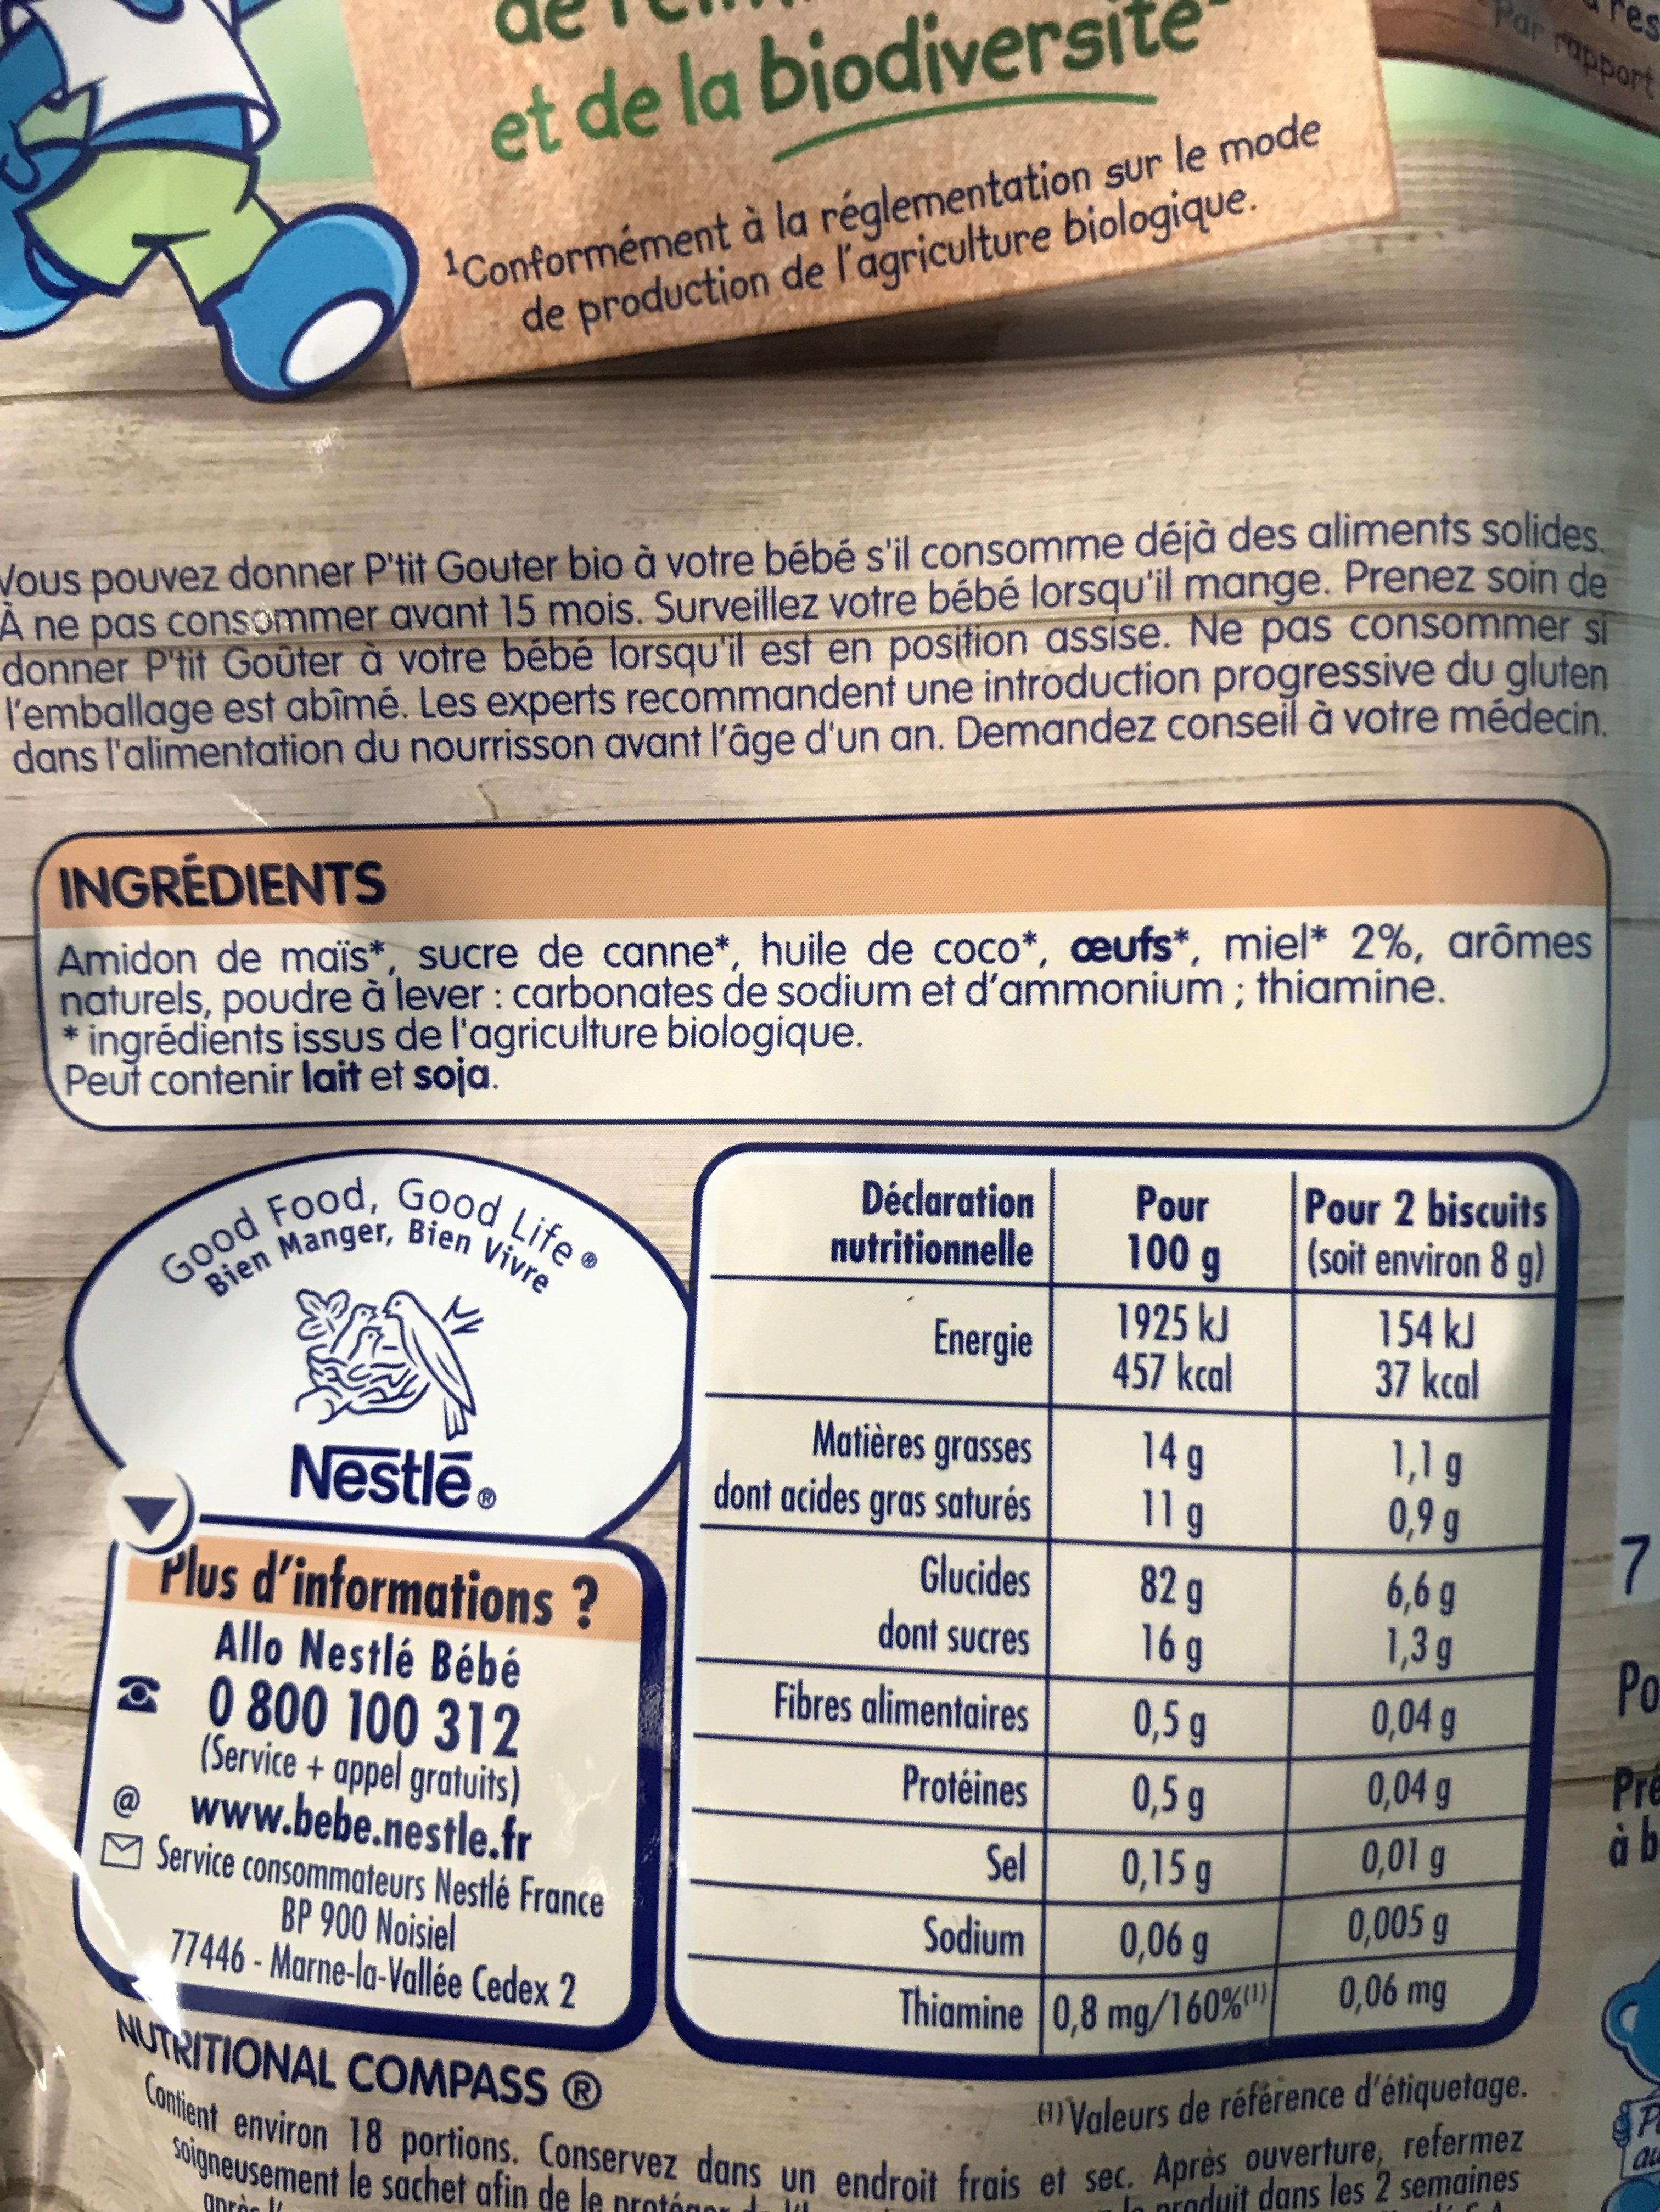
et de la biodiversit
¹Conformément à la réglementation sur le mode de production de l'agriculture biologique.
Vous pouvez donner P'tit Gouter bio à votre bébé s'il consomme déjà des aliments solides A ne pas consommer avant 15 mois. Surveillez votre bébé lorsqu'il mange. Prenez soin de donner P'tit Goûter à votre bébé lorsqu'il est en position assise. Ne pas consommer si l'emballage est abîmé. Les experts recommandent une introduction progressive du gluten dans l'alimentation du nourrisson avant l'âge d'un an. Demandez conseil à votre médecin.
INGREDIENTS
Amidon de maïs*, sucre de canne*, huile de coco*, ceufs*, miel* 2%, arômes naturels, poudre à lever: carbonates de sodium et d'ammonium; thiamine. *ingrédients issus de l'agriculture biologique. Peut contenir lait et soja.
Bien Vivre
Good Food, Good Life
Manger,
1/2
Nestlé®
Plus d'informations?
Allo Nestlé Bébé
0800 100 312 (Service+appel gratuits) @ www.bebe.nestle.fr Service consommateurs Nestlé France BP 900 Noisiel 77446-Marne-la-Vallée Cedex 2
o
Déclaration Pour nutritionnelle
100 g
Energie
Matières grasses
dont acides gras saturés
Glucides
dont sucres
Fibres alimentaires
Protéines
soigneusement le sachet afin de le protón
Opró t
1925 kJ
457 kcal
14 g
llg
82 g
16 g
0,5 g
0,5 g
Sel
0,15 g
Sodium
0,06 g
Thiamine 0,8 mg/160%
Par rapport res
Pour 2 biscuits (soit environ 8 g)
154 kJ
37 kcal
1,1 g
0,9 g
6,6 g
1,3 g
0,04 g
0,04 g
0,01 g
0,005 g
0,06 mg
NUTRITIONAL COMPASS Ⓡ
Contient environ 18 portions. Conservez dans un endroit frais et sec. Après ouverture, refermez
Valeurs de référence d'étiquetage.
In produit dans les 2 semaines
7
Po
Pre
à b
P